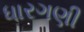
ધારગણી